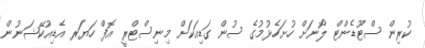
ކުރިން ސްޓޫޑެންޓް ލޯނަށް ހުށަހެޅުމުގެ ސުން ގަޑިއަކަށް މިނިސްޓްރީ އޮފް ހަޔަރ އެޑިއުކޭޝަނުން